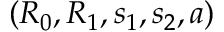
( R _ { 0 } , R _ { 1 } , s _ { 1 } , s _ { 2 } , a )